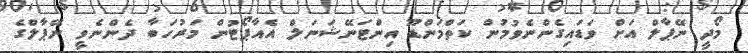
މޯދީ ނޭޕާލް އަށް ވަޑައިގެންނެވުމުން ކަތްމަންޑޫ އިންޓަނޭޝަނަލް އެެއާޕޯޓުން މަރުހަބާ ދެންނެވީ ނޭޕާލްގެ